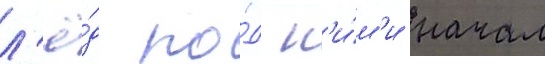
л'ё́д по́д н'и́м'и начал